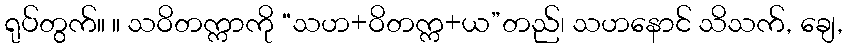
ရုပ်တွက်။ ။ သဝိတက္ကာကို “သဟ+ဝိတက္က+ယ”တည်၊ သဟနောင် သိသက်, ချေ,